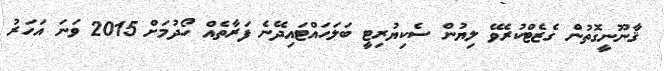
ޤާނޫނީގޮތުން ގެޒެޓްކުރެވޭ ލިޔުން ސެކިޔުރިޓީ ބަލަހައްޓައިދޭނެ ފަރާތެއް ހޯދުމަށް 2015 ވަނަ އަހަރު